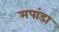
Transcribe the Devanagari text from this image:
मपांडा